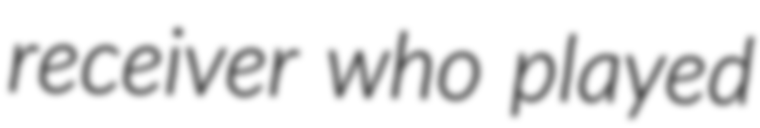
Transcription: receiver who played